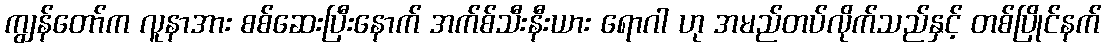
ကျွန်တော်က လူနာအား စစ်ဆေးပြီးနောက် အက်စ်သီးနီးယား ရောဂါ ဟု အမည်တပ်လိုက်သည်နှင့် တစ်ပြိုင်နက်